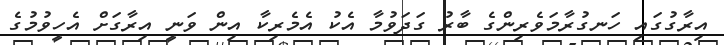
އިރާގުގައި ހަނގުރާމަވެރިންގެ ބާރު ގަދަވުމާ އެކު އެމެރިކާ އިން ވަނީ އިރާގަށް އެހީވުމުގެ